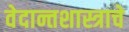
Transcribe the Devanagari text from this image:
वेदान्तशास्त्राचे